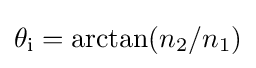
\theta _{\text{i}}=\arctan(n_{2}/n_{1})